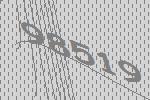
98519